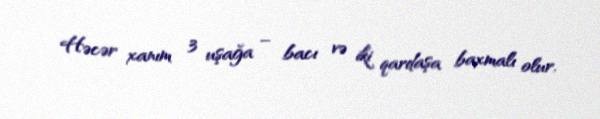
Həcər xanım 3 uşağa – bacı və iki qardaşa baxmalı olur.